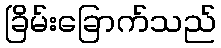
ခြိမ်းခြောက်သည်